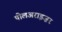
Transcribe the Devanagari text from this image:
पोलअराइज़र